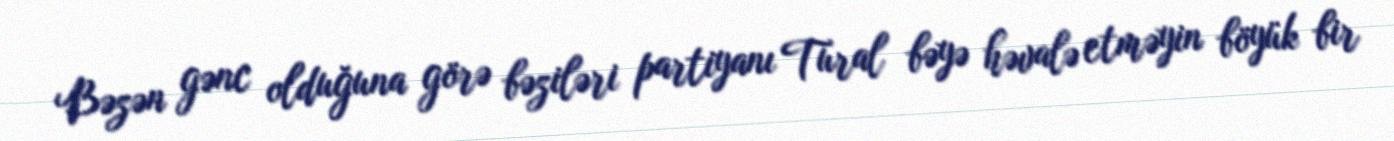
Bəzən gənc olduğuna görə bəziləri partiyanı Tural bəyə həvalə etməyin böyük bir